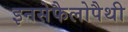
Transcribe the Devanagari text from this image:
इनसेफैलोपैथी